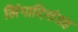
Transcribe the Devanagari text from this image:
लिंगादिसंग्रह